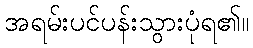
အရမ်းပင်ပန်းသွားပုံရ၏။